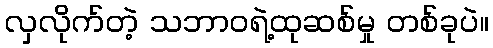
လှလိုက်တဲ့ သဘာဝရဲ့ထုဆစ်မှု တစ်ခုပဲ။